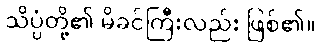
သိပ္ပံတို့၏ မိခင်ကြီးလည်း ဖြစ်၏။